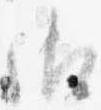
御